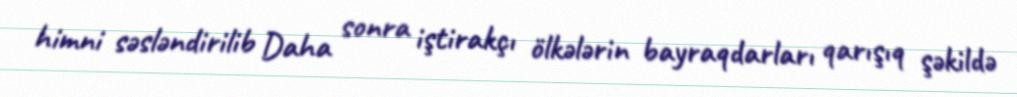
himni səsləndirilib Daha sonra iştirakçı ölkələrin bayraqdarları qarışıq şəkildə